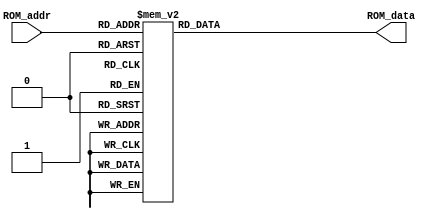
`timescale 1ns / 1ps
//////////////////////////////////////////////////////////////////////////////////
// Company: 
// Engineer: 
// 
// Design Name: 
// Module Name: rom
// Project Name: 
// Target Devices: 
// Tool Versions: 
// Description: 
// 
// Dependencies: 
// 
// Revision:
// Revision 0.01 - File Created
// Additional Comments:
// 
//////////////////////////////////////////////////////////////////////////////////

module rom(ROM_data, ROM_addr);
    output reg [3:0] ROM_data;
    input[2:0] ROM_addr;
    always @ (ROM_addr) begin
        case (ROM_addr)
         3'd0: ROM_data = 4'b0000;
         3'd1: ROM_data = 4'b1100;
         3'd2: ROM_data = 4'b0110;
         3'd3: ROM_data = 4'b0111;
         3'd4: ROM_data = 4'b1000;
         3'd5: ROM_data = 4'b0001;
         3'd6: ROM_data = 4'b1101;
         3'd7: ROM_data = 4'b1110;
    endcase
  end
endmodule